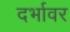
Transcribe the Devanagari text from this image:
दर्भावर